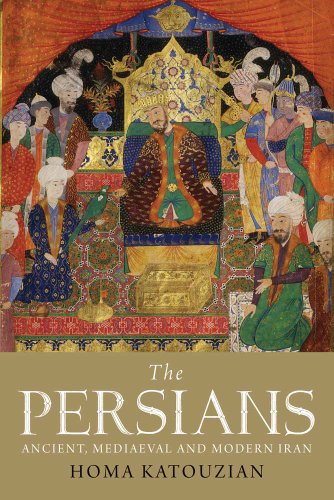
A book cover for The Persians: Ancient, Mediaeval and Modern Iran; Homa Katouzian; History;